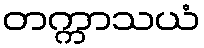
တက္ကာသယံ